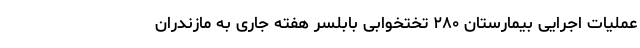
عملیات اجرایی بیمارستان ۲۸۰ تختخوابی بابلسر هفته جاری به مازندران